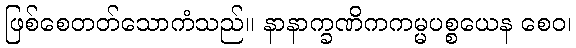
ဖြစ်စေတတ်သောကံသည်။ နာနာက္ခဏိကကမ္မပစ္စယေန စေဝ၊